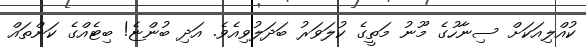
ކުއްލިއަކަށް ސިނާހުގެ މޫނު މަތީގެ ކުލަވަރު ބަދަލުވިއެވެ. އަދި ބުންޏެ! ބިޓެއްގެ ކަންތައް